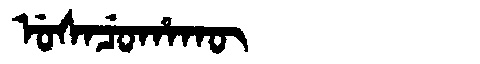
Manchu: ᡠᠰᠠᠴᡠᡥᠠᡴᡡ
Romanization: USACUHAKŪ